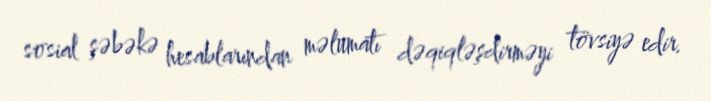
sosial şəbəkə hesablarından məlumatı dəqiqləşdirməyi tövsiyə edir.